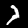
Digit: 7